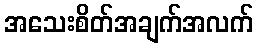
အသေးစိတ်အချက်အလက်